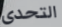
التحدى